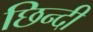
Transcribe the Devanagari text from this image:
छिन्दी